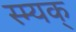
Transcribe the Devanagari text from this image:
स्म्यक्‌